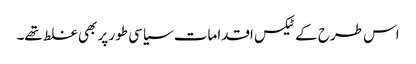
اس طرح کے ٹیکس اقدامات سیاسی طور پر بھی غلط تھے۔